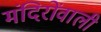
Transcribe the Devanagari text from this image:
मंदिरोंवाली